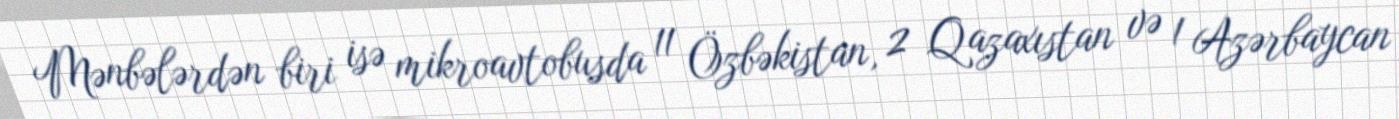
Mənbələrdən biri isə mikroavtobusda 11 Özbəkistan, 2 Qazaxıstan və 1 Azərbaycan